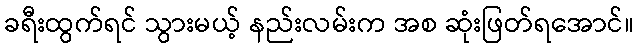
ခရီးထွက်ရင် သွားမယ့် နည်းလမ်းက အစ ဆုံးဖြတ်ရအောင်။